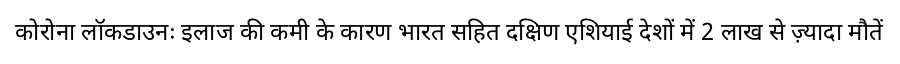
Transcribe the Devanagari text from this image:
कोरोना लॉकडाउनः इलाज की कमी के कारण भारत सहित दक्षिण एशियाई देशों में 2 लाख से ज़्यादा मौतें